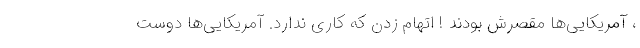
، آمریکایی‌ها مقصرش بودند ! اتهام زدن که کاری ندارد. آمریکایی‌ها دوست